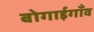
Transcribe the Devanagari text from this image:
बोगाईगाँव